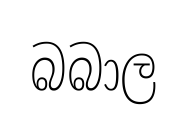
බබාල